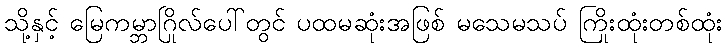
သို့နှင့် မြေကမ္ဘာဂြိုလ်ပေါ်တွင် ပထမဆုံးအဖြစ် မသေမသပ် ကြိုးထုံးတစ်ထုံး